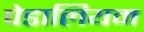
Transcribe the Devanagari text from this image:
पेडालियम